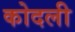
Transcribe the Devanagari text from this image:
कोदली